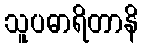
သူပဓာရိတာနိ